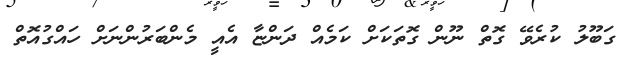
ގަބޫލު ކުރެވޭ ގޮތް ނޫން ގޮތަކަށް ކަމެއް ދަންޏާ އެއީ މެންބަރުންނަށް ހައްގުއޮތް